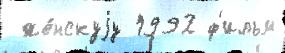
 же́нскуjу 1992 ф'ильм